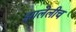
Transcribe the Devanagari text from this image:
झालेलीच